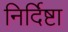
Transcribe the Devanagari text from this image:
निर्दिष्टा